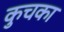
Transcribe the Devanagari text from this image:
कुचका